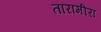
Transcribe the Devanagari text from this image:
तारामीरा